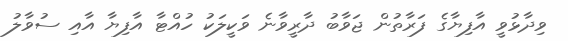
ވިދާޅުވީ އާފިޔާގެ ފަރާތުން ޖަވާބު ދާރީވާނެ ވަކީލަކު ހުއްޓާ އާފިޔާ އާއި ސުވާލު